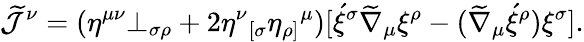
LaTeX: \widetilde{\cal J}^{\nu}=(\eta^{\mu\nu}\bot_{\sigma\rho}+2\eta^{\nu}{_{[\sigma}}\eta_{\rho]}{^{\mu}})[\acute{\xi}^{\sigma}\widetilde{\nabla}_{\mu}\xi^{\rho}-(\widetilde{\nabla}_{\mu}\acute{\xi}^{\rho})\xi^{\sigma}].